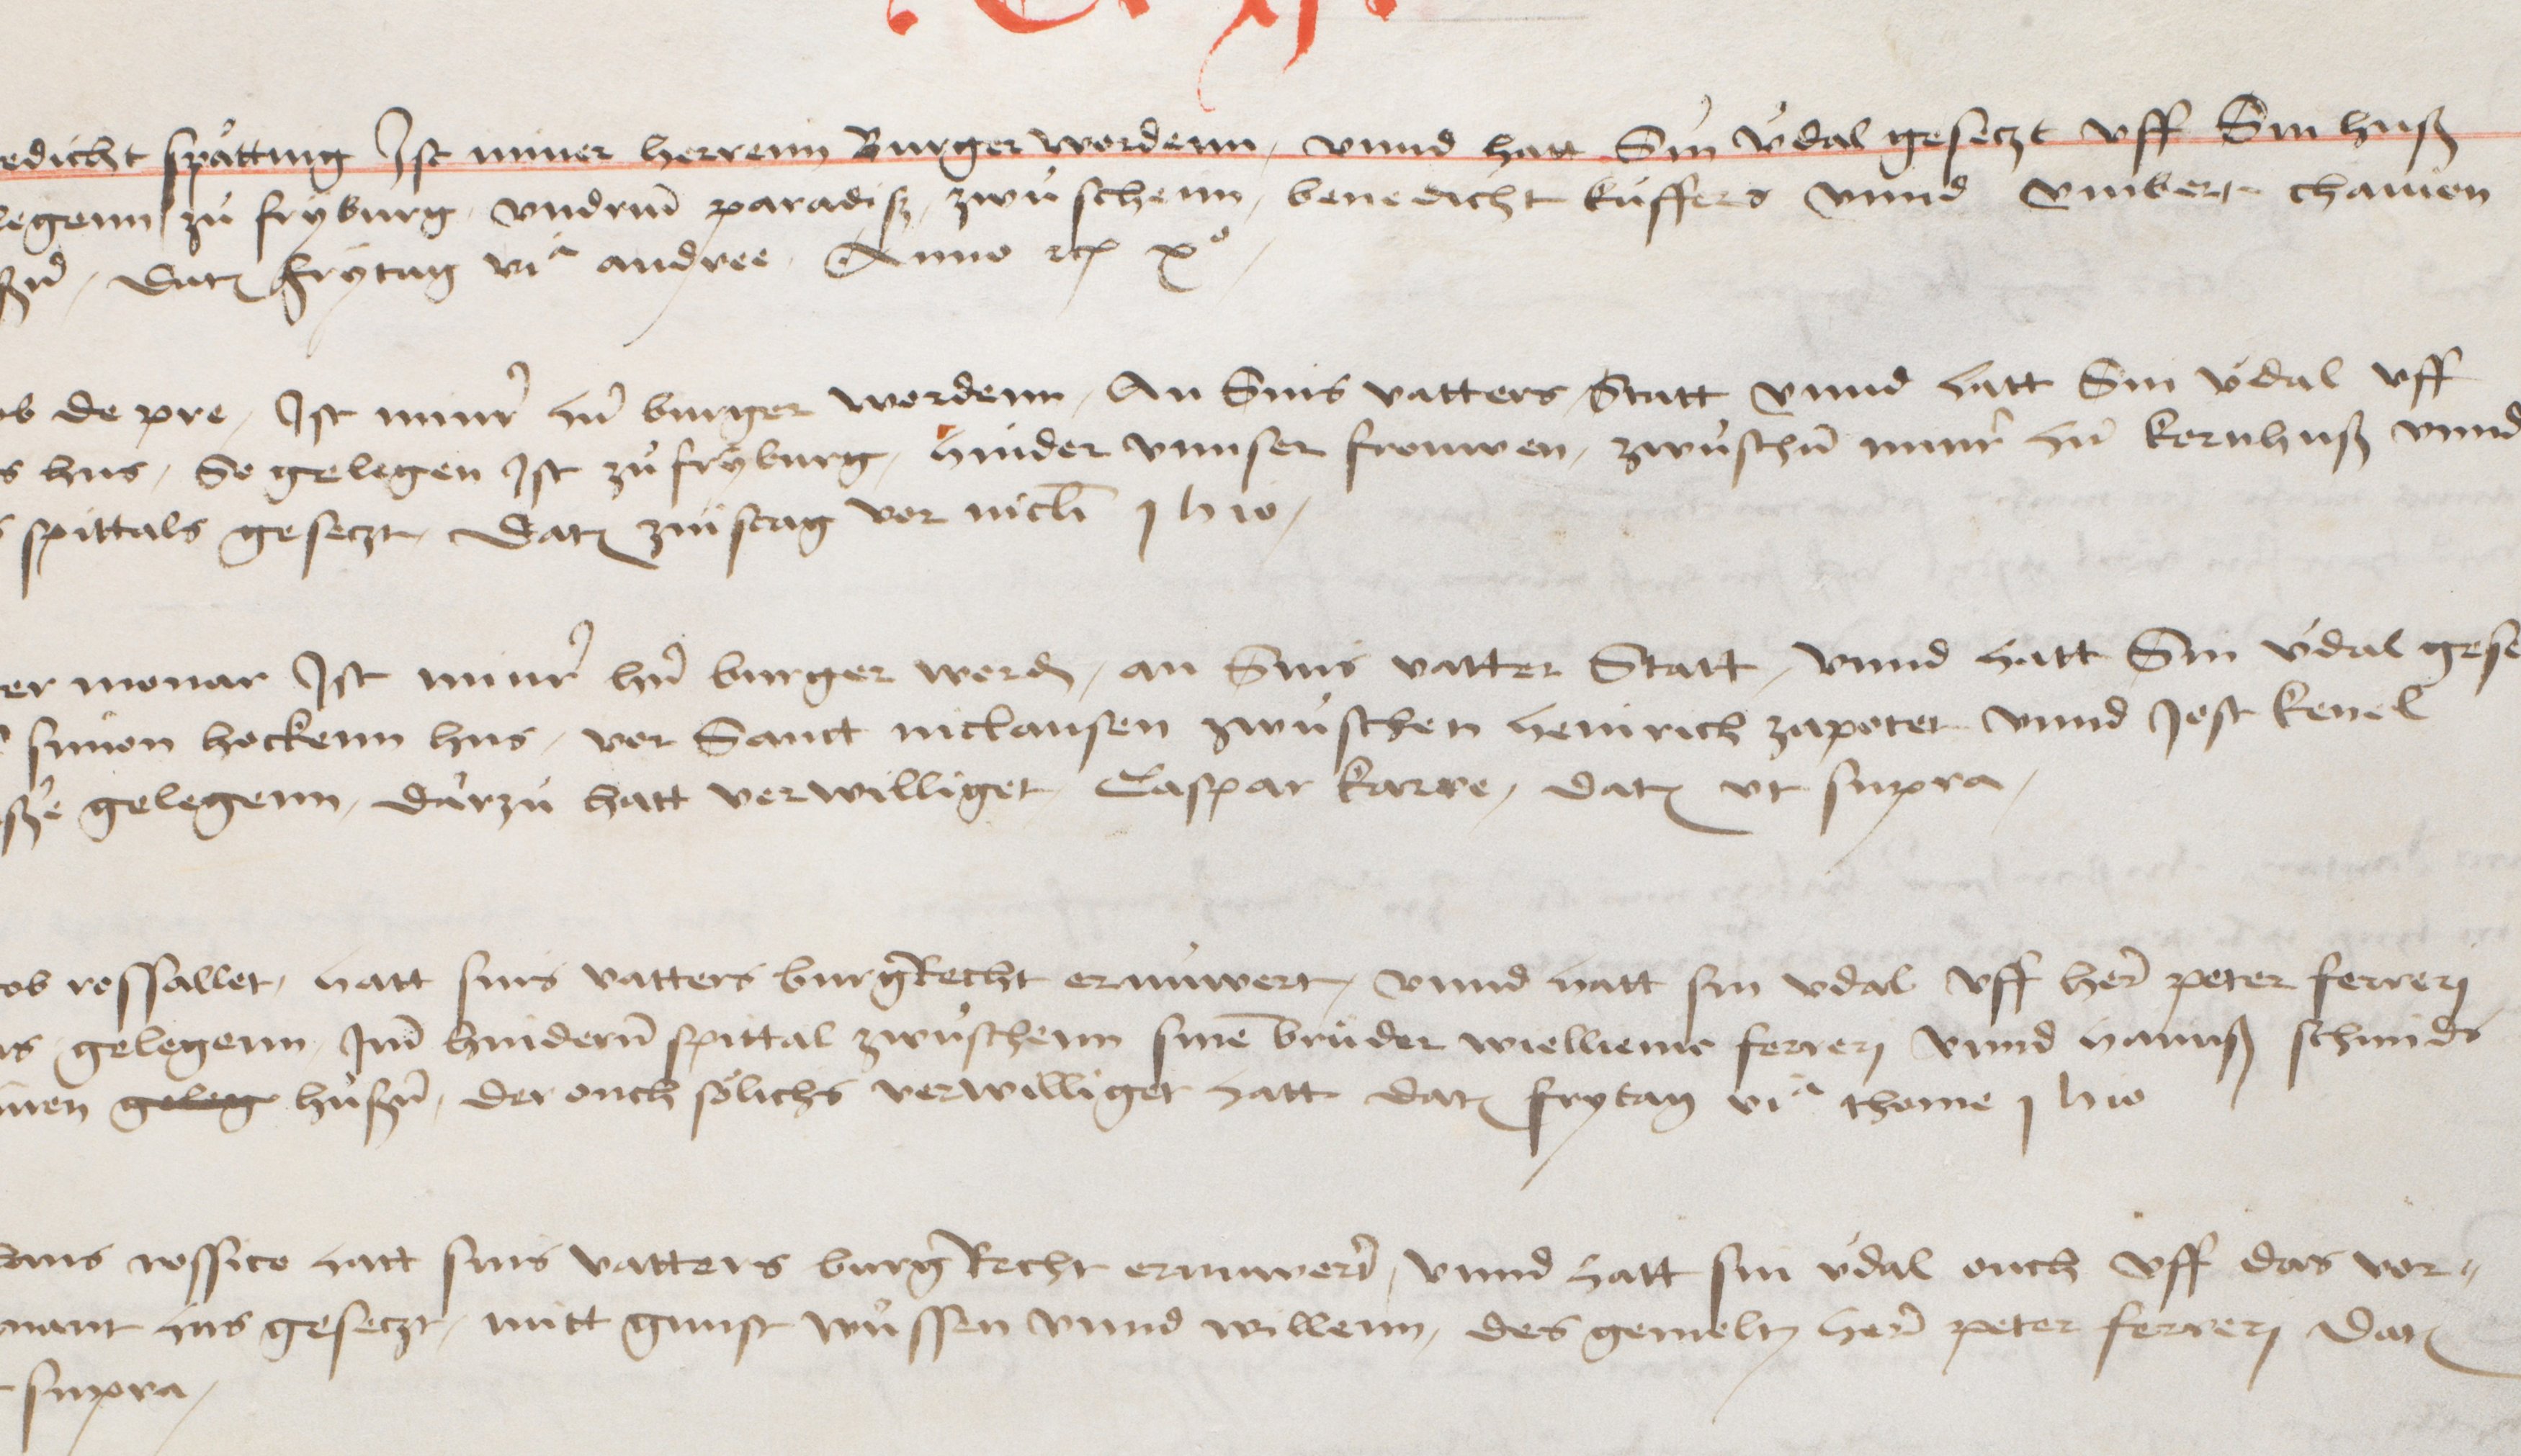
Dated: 1416–1769